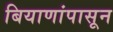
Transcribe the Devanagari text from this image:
बियाणांपासून